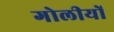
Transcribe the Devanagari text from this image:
गोलीयों